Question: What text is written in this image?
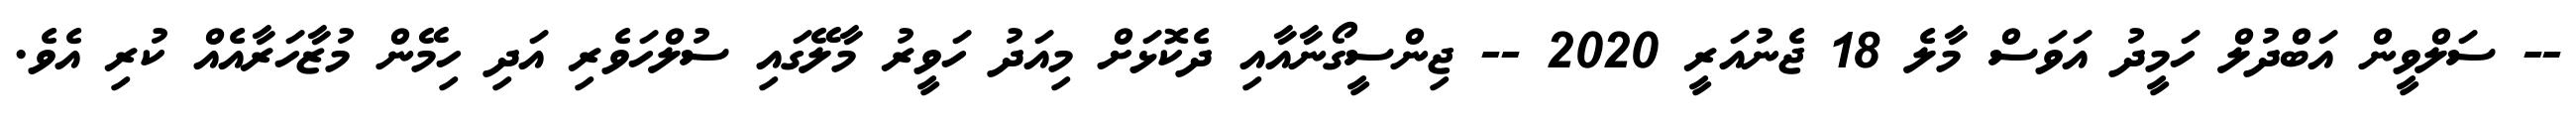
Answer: -- ސަލްވީން އަބްދުލް ހަމީދު އަވަސް މާލެ 18 ޖެނުއަރީ 2020 -- ޖިންސީގޯނާއާއި ދެކޮޅަށް މިއަދު ހަވީރު މާލޭގައި ސުލްހަވެރި އަދި ހިމޭން މުޒާހަރާއެއް ކުރި އެވެ.